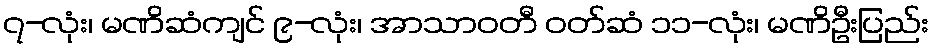
၇-လုံး၊ မဏိဆံကျင် ၉-လုံး၊ အာသာဝတီ ဝတ်ဆံ ၁၁-လုံး၊ မဏိဦးပြည်း